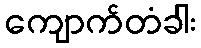
ကျောက်တံခါး